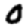
Digit: 0